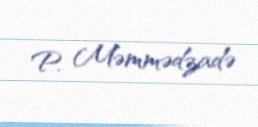
P. Məmmədzadə